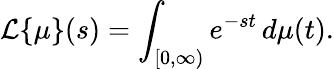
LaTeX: {\mathcal{L}}\{ \mu\} (s)=\int_{[0,\infty)}e^{-st}\, d\mu(t).